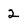
Character: 2